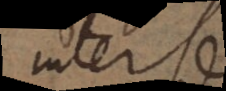
inter se